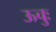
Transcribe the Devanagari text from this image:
ऊचुः